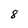
Character: 8